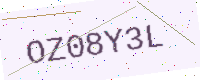
Text: OZ08Y3L